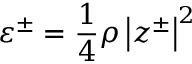
\varepsilon ^ { \pm } = \frac { 1 } { 4 } \rho \left| z ^ { \pm } \right| ^ { 2 }